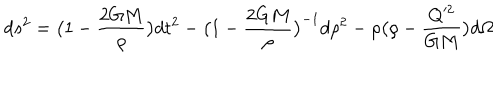
LaTeX: d s ^ { 2 } = \bigl ( 1 - \frac { 2 G M } { \rho } \bigr ) d t ^ { 2 } - \bigl ( 1 - \frac { 2 G M } { \rho } \bigr ) ^ { - 1 } d \rho ^ { 2 } - \rho \bigl ( \rho - \frac { Q ^ { 2 } } { G M } \bigr ) d \Omega